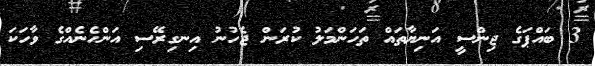
3 ބައްޕަގެ ޖިންސީ އަނިޔާތައް ތަހަންމަލު ކުރަން ޖެހުނު އިނގިރޭސި އަންހެނެއްގެ ވާހަކަ